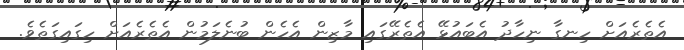
އެތެރެއަށް ހިނގާ ނިހާދު އެބައުޅޭ އެތެރޭގައި މާޒިން އެހެން ބުނެލަމުން އެތެރެއަށް ހިގައިގަތެވެ.